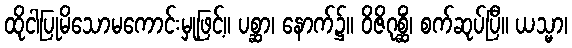
ထိုငါပြုမိသောမကောင်းမှုဖြင့်။ ပစ္ဆာ၊ နောက်၌။ ဝိဇိဂုစ္ဆိံ၊ စက်ဆုပ်ပြီ။ ယသ္မာ၊